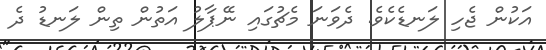
އަކުން ޖެހި ލަނޑެކެވެ. ދެވަނަ މެޗުގައި ނޭޕާލު އަތުން ތިން ލަނޑު ދެ